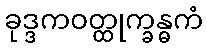
ခုဒ္ဒကဝတ္ထုက္ခန္ဓကံ